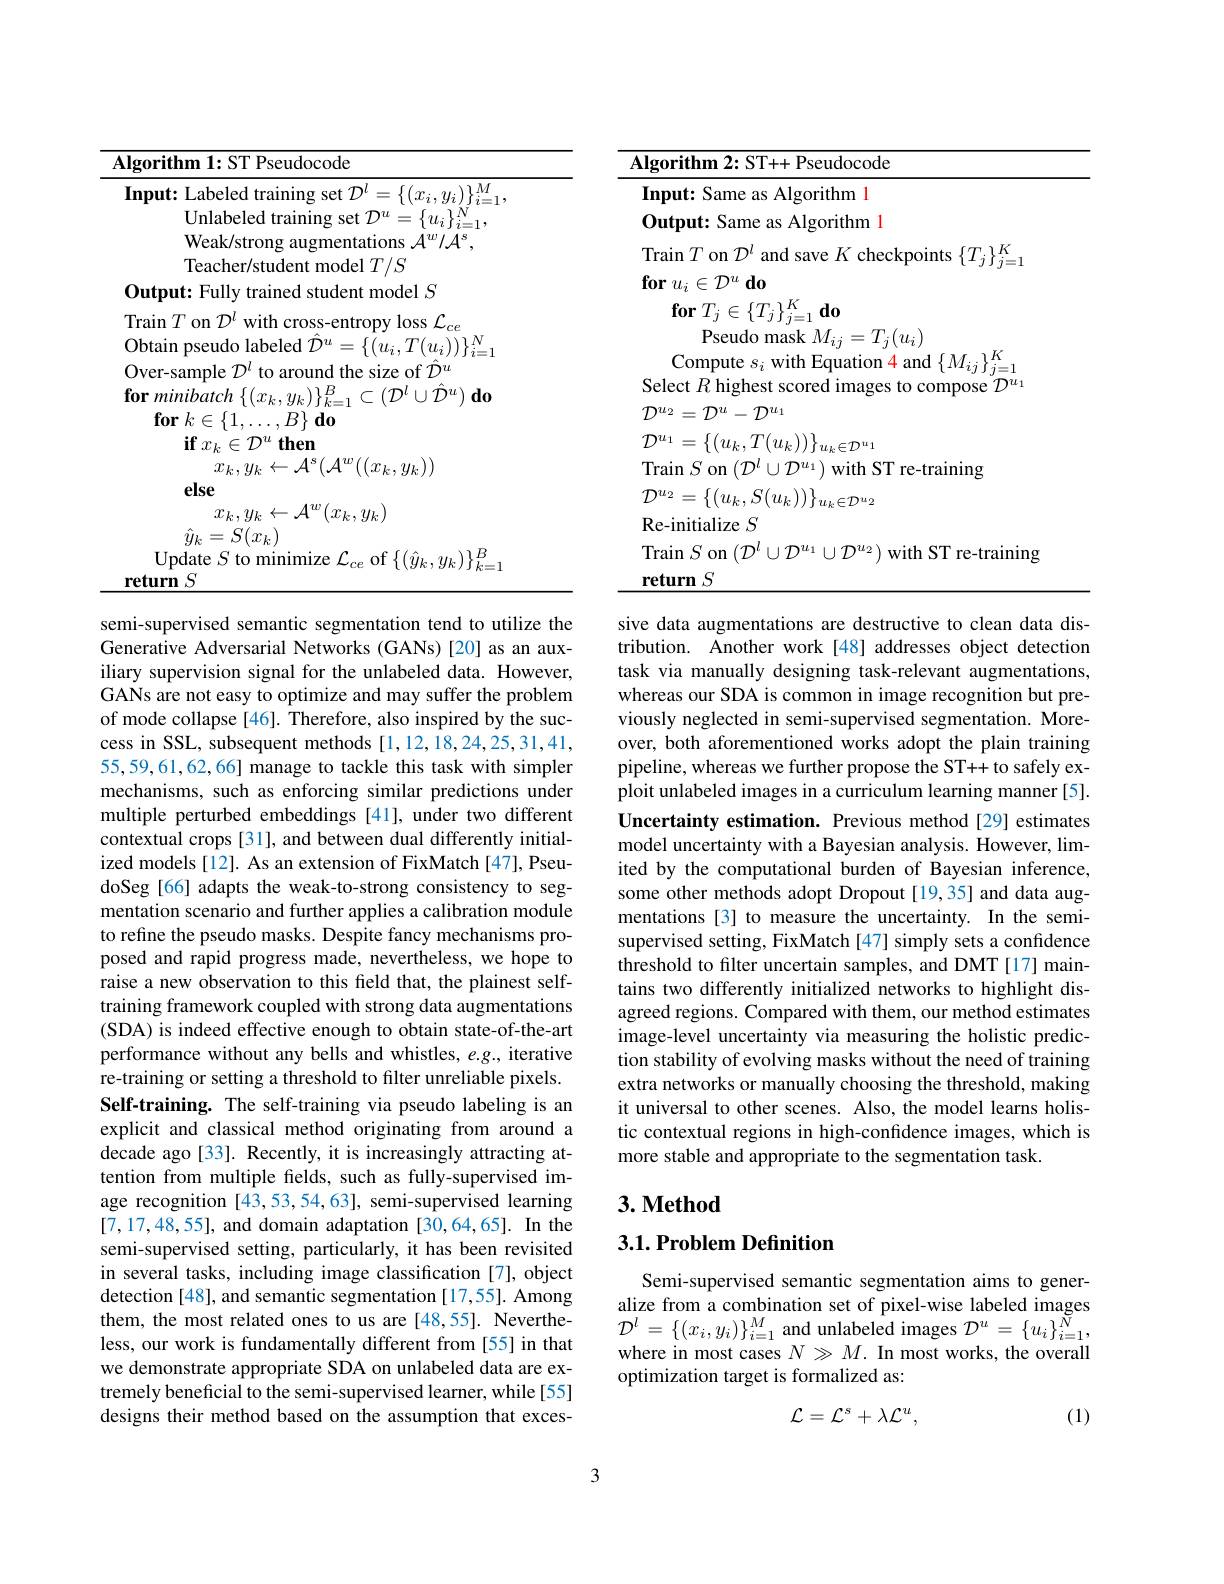
<table>
	<tbody>
		<tr>
			<th>seudocode</th>
			<th>Pseudocode Aloorithm $ST.$</th>
		</tr>
		<tr>
			<td>$M$ $|mmut$</td>
			<td>$\mathbf{Input:}$ ame as gorithm 1</td>
		</tr>
		<tr>
			<td>TInlabeled</td>
			<td> </td>
		</tr>
		<tr>
			<td>Weak/stron Ons</td>
			<td> </td>
		</tr>
		<tr>
			<td>${\mathrm{model}}T/S$ leachen r/student</td>
			<td>$\{I_{j}\}$</td>
		</tr>
		<tr>
			<td>tudent model S $0_{\mathrm{mfmifs}}$</td>
			<td>$\textbf{for}u_{i}$ $E$ 1 $d0$</td>
		</tr>
		<tr>
			<td>$0n$ $\mathcal{T}^{l}$ witF $10ss$</td>
			<td>10 $i\}_{j=1}$ $d0$</td>
		</tr>
		<tr>
			<td>0htain</td>
			<td>seudo $I_{i}(u_{i}$</td>
		</tr>
		<tr>
			<td>$\{(u_{i}$, $\Gamma_{i=1}$</td>
			<td>$1K$ $\gimel mr$</td>
		</tr>
		<tr>
			<td>SI</td>
			<td>mmmose</td>
		</tr>
		<tr>
			<td>for</td>
			<td>$\mathcal{D}^{u_{2}}$ $\cdot\mathcal{D}^{u_1}$ $2=\mathcal{D}^{u}-$</td>
		</tr>
		<tr>
			<td>$\mathbf{if}$ $\vdots x_{k}$ $\mathcal{T}^{u}$ then</td>
			<td>$mu_{1}$ 71 $\mathcal{D}^{u}1$</td>
		</tr>
		<tr>
			<td>$x_{k},y_{k}$ $\leftarrow{\mathcal A}^{s}({\mathcal A}^{w}((x_{k},y_{k}))$</td>
			<td>$(\mathcal{T})^{l}$ re-training lirain m</td>
		</tr>
		<tr>
			<td>else</td>
			<td>$\mathcal{T})^{u_{2}}$ $\eta t_{1}$ $:\mathcal{D}^{u}2$</td>
		</tr>
		<tr>
			<td>$x_{k},^{'}.$ $y_{k}$ $(x_{k},y_{k})$</td>
			<td>Re- initialize $S$</td>
		</tr>
		<tr>
			<td>$\begin{array}{c}{{y_{k}-\omega(x_{k})}}\\{{\text{Update }S\text{ to minimize }\mathcal{L}_{ce}}}&{\mathrm{of~}\{(\hat{y}_{k},y_{k})\}_{k=1}^{B}}\end{array}$ $y_{k}$ , - $\cdot(x_{k}$ $\textbf{return}S$</td>
			<td>Train $S$ on $(\mathcal{D}^{l}\cup\mathcal{D}^{u_{1}}\cup\mathcal{D}^{u_{2}})$ with ST re-training $\textbf{return}S$</td>
		</tr>
	</tbody>
</table>

sive data augmentations are destructive to clean data distribution. Another work[48] addresses object detection task via manually designing task-relevant augmentations, whereas our SDA is common in image recognition but previously neglected in semi-supervised segmentation. Moreover, both aforementioned works adopt the plain training pipeline, whereas we further propose the ST++ to safely exploit unlabeled images in a curriculum learning manner [5]. Uncertainty estimation. Previous method[29] estimates model uncertainty with a Bayesian analysis. However, limited by the computational burden of Bayesian inference, some other methods adopt Dropout[19,35] and data augmentations [3] to measure the uncertainty. In the semisupervised setting, FixMatch [47] simply sets a confidence threshold to filter uncertain samples, and DMT [17] maintains two differently initialized networks to highlight disagreed regions. Compared with them, our method estimates image-level uncertainty via measuring the holistic prediction stability of evolving masks without the need of training extra networks or manually choosing the threshold, making it universal to other scenes. Also, the model learns holistic contextual regions in high-confidence images, which is more stable and appropriate to the segmentation task.

semi-supervised semantic segmentation tend to utilize the Generative Adversarial Networks (GANs)[20] as an auxiliary supervision signal for the unlabeled data. However, GANs are not easy to optimize and may suffer the problem of mode collapse [46]. Therefore, also inspired by the success in SSL, subsequent methods [1,12,18,24,25,31,41, 55,59,61,62,66] manage to tackle this task with simpler mechanisms, such as enforcing similar predictions under multiple perturbed embeddings [41], under two different contextual crops [31], and between dual differently initialized models[12]. As an extension of FixMatch[47], PseudoSeg [66] adapts the weak-to-strong consistency to segmentation scenario and further applies a calibration module to refine the pseudo masks. Despite fancy mechanisms proposed and rapid progress made, nevertheless, we hope to raise a new observation to this feld that, the plainest selftraining framework coupled with strong data augmentations (SDA) is indeed effective enough to obtain state-of-the-art performance without any bells and whistles, e.g., iterative re-training or setting a threshold to filter unreliable pixels. Self-training. The self-training via pseudo labeling is an explicit and classical method originating from around a decade ago[33]. Recently, it is increasingly attracting attention from multiple felds, such as fully-supervised image recognition [43,53,54,63], semi-supervised learning [7,17,48,55], and domain adaptation [30,64,65]. In the semi-supervised setting, particularly, it has been revisited in several tasks, including image classification [7], object detection [48], and semantic segmentation [17,55]. Among them, the most related ones to us are [48,55]. Nevertheless, our work is fundamentally different from [55] in that we demonstrate appropriate SDA on unlabeled data are extremely beneficial to the semi-supervised learner, while [55] designs their method based on the assumption that exces-

## $3. \textbf{Method}$

## $3. 1. \textbf{Problem Definition}$

Semi-supervised semantic segmentation aims to generalize from a combination set of pixel-wise labeled images ${\mathcal{D}^{l}}=\{(x_{i},y_{i})\}_{i=1}^{M}$ and unlabeled images ${\mathcal{D}}^{u}=\{u_{i}\}_{i=1}^{N}$, where in most cases $N\gg M.$ In most works, the overall optimization target is formalized as:
$$\mathcal{L}=\mathcal{L}^{s}+\lambda\mathcal{L}^{u},$$
(1)

3